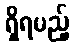
ရှိရမည့်